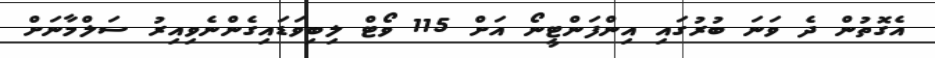
އެގޮތުން ދެ ވަނަ ބުރުގައި އިންފަންޓީނޯ އަށް 115 ވޯޓް ލިބިވަޑައިގެންނެވިއިރު ސަލްމާނަށް